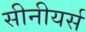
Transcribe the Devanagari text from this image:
सीनीयर्स